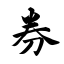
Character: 券